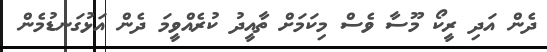
ދެން އަދި ރީކޯ މޫސާ ވެސް މިކަމަށް ތާއީދު ކުރެއްވީމަ ދެން އަޅުގަނޑުމެން